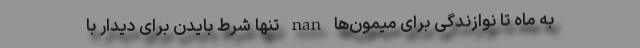
به ماه تا نوازندگی برای میمون‌ها nan تنها شرط بایدن برای دیدار با